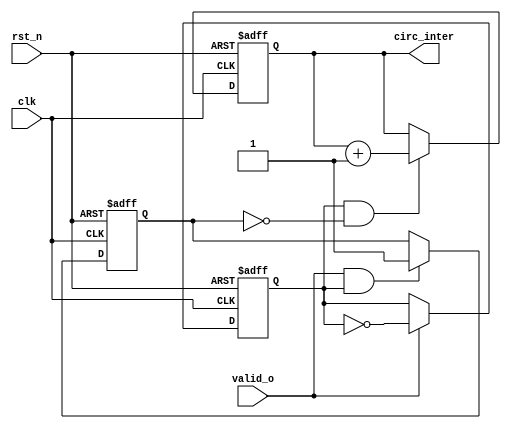
//////////////////////////////////////////////////////////////////////////////////
// School: Shanghai Jiao Tong University
//
// Create Date: 
// Module Name: circ_test
// Project Name: CNN 
// Description: The test module, mainly testing the result of each layer.
//
// Revision:
//
//////////////////////////////////////////////////////////////////////////////////

module circ_test(
	input clk,
	input rst_n,

	input wire valid_o,   //equal to fc_valid_o 
	output reg [9:0] circ_inter    //expect to be 576
);

reg cnt_en;
reg cnt_en_n;

always @(posedge clk or negedge rst_n) begin
	if (!rst_n)
		cnt_en <= 1'b0;
	else if (valid_o)
		cnt_en <= ~cnt_en;
end

always @(posedge clk or negedge rst_n) begin
	if (!rst_n)
		cnt_en_n <= 1'b0;
	else if (valid_o && cnt_en)
		cnt_en_n <= 1'b1;
end

always @(posedge clk or negedge rst_n) begin
	if (!rst_n)
		circ_inter <= 0;
	else if (cnt_en && !cnt_en_n)
		circ_inter <= circ_inter + 1'b1;
end

endmodule